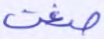
صغت